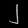
Digit: ၂